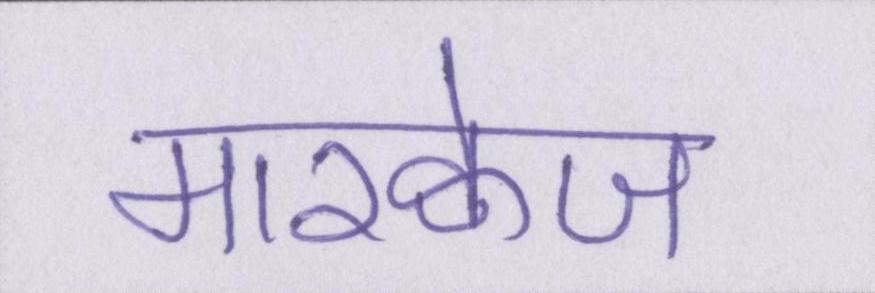
मारक्वेज